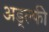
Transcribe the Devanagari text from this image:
अड्ल्फी